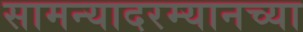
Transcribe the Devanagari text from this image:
सामन्यादरम्यानच्या